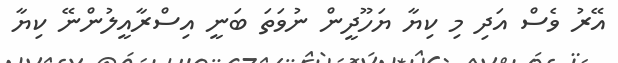
އޭރު ވެސް އަދި މި ކިޔާ ޔަހޫދީން ނުވަތަ ބަނީ އިސްރާއީލުންނޭ ކިޔާ